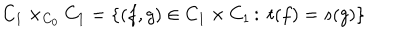
LaTeX: C _ { 1 } \times _ { C _ { 0 } } C _ { 1 } = \{ ( f , g ) \in C _ { 1 } \times C _ { 1 } \, \colon \; t ( f ) = s ( g ) \}